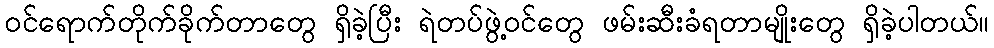
ဝင်ရောက်တိုက်ခိုက်တာတွေ ရှိခဲ့ပြီး ရဲတပ်ဖွဲ့ဝင်တွေ ဖမ်းဆီးခံရတာမျိုးတွေ ရှိခဲ့ပါတယ်။